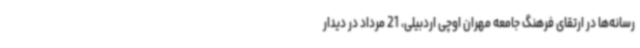
رسانه‌ها در ارتقای فرهنگ جامعه مهران اوچی اردبیلی، 21 مرداد در دیدار